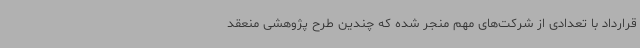
قرارداد با تعدادی از شرکت‌های مهم منجر شده که چندین طرح پژوهشی منعقد